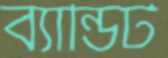
ব্যান্ডিট